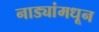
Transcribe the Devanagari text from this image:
नाड्यांमधून